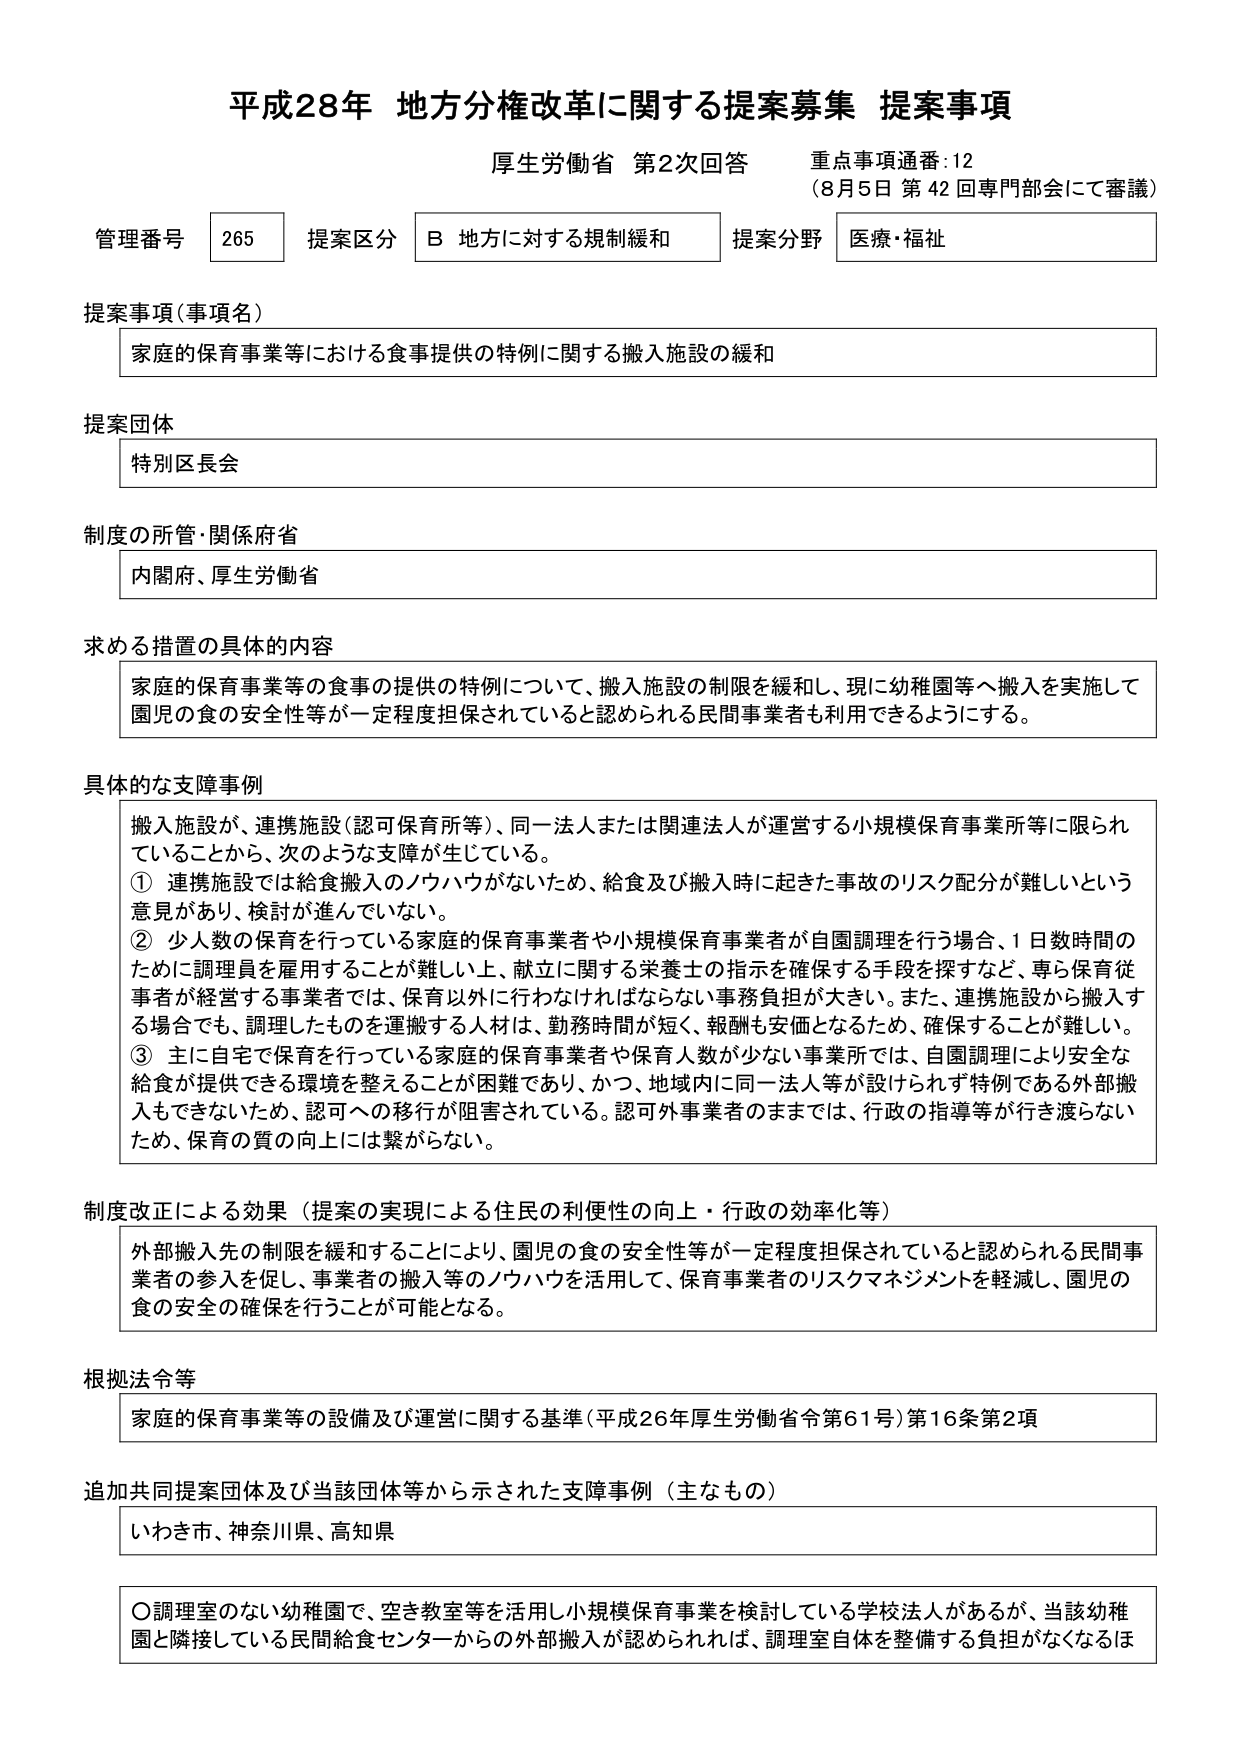
平成28年 地方分権改革に関する提案募集 提案事項
厚生労働省 第2次回答 重点事項通番:12
（8月5日 第42回専門部会にて審議）

管理番号 265 提案区分 B 地方に対する規制緩和 提案分野 医療・福祉

提案事項（事項名）
家庭的保育事業等における食事提供の特例に関する搬入施設の緩和

提案団体
特別区長会

制度の所管・関係府省
内閣府、厚生労働省

求める措置の具体的内容
家庭的保育事業等の食事の提供の特例について、搬入施設の制限を緩和し、現に幼稚園等へ搬入を実施して園児の食の安全性等が一定程度担保されていると認められる民間事業者も利用できるようにする。

具体的な支障事例
搬入施設が、連携施設（認可保育所等）、同一法人または関連法人が運営する小規模保育事業所等に限られていることから、次のような支障が生じている。
① 連携施設では給食搬入のノウハウがないため、給食及び搬入時に起きた事故のリスク配分が難しいという意見があり、検討が進んでいない。
② 少人数の保育を行っている家庭的保育事業者や小規模保育事業者が自園調理を行う場合、1日数時間のために調理員を雇用することが難しい上、献立に関する栄養士の指示を確保する手段を探すなど、専ら保育従事者が経営する事業者では、保育以外に行わなければならない事務負担が大きい。また、連携施設から搬入する場合でも、調理したものを運搬する人材は、勤務時間が短く、報酬も安価となるため、確保することが難しい。
③ 主に自宅で保育を行っている家庭的保育事業者や保育人数が少ない事業所では、自園調理により安全な給食が提供できる環境を整えることが困難であり、かつ、地域内に同一法人等が設けられず特例である外部搬入もできないため、認可への移行が阻害されている。認可外事業者のままでは、行政の指導等が行き渡らないため、保育の質の向上には繋がらない。

制度改正による効果（提案の実現による住民の利便性の向上・行政の効率化等）
外部搬入先の制限を緩和することにより、園児の食の安全性等が一定程度担保されていると認められる民間事業者の参入を促し、事業者の搬入等のノウハウを活用して、保育事業者のリスクマネジメントを軽減し、園児の食の安全の確保を行うことが可能となる。

根拠法令等
家庭的保育事業等の設備及び運営に関する基準（平成26年厚生労働省令第61号）第16条第2項

追加共同提案団体及び当該団体等から示された支障事例（主なもの）
いわき市、神奈川県、高知県

〇調理室のない幼稚園で、空き教室等を活用し小規模保育事業を検討している学校法人があるが、当該幼稚園と隣接している民間給食センターからの外部搬入が認められれば、調理室自体を整備する負担がなくなるほ